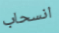
انسحاب